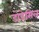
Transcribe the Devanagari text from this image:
डोडेसिल